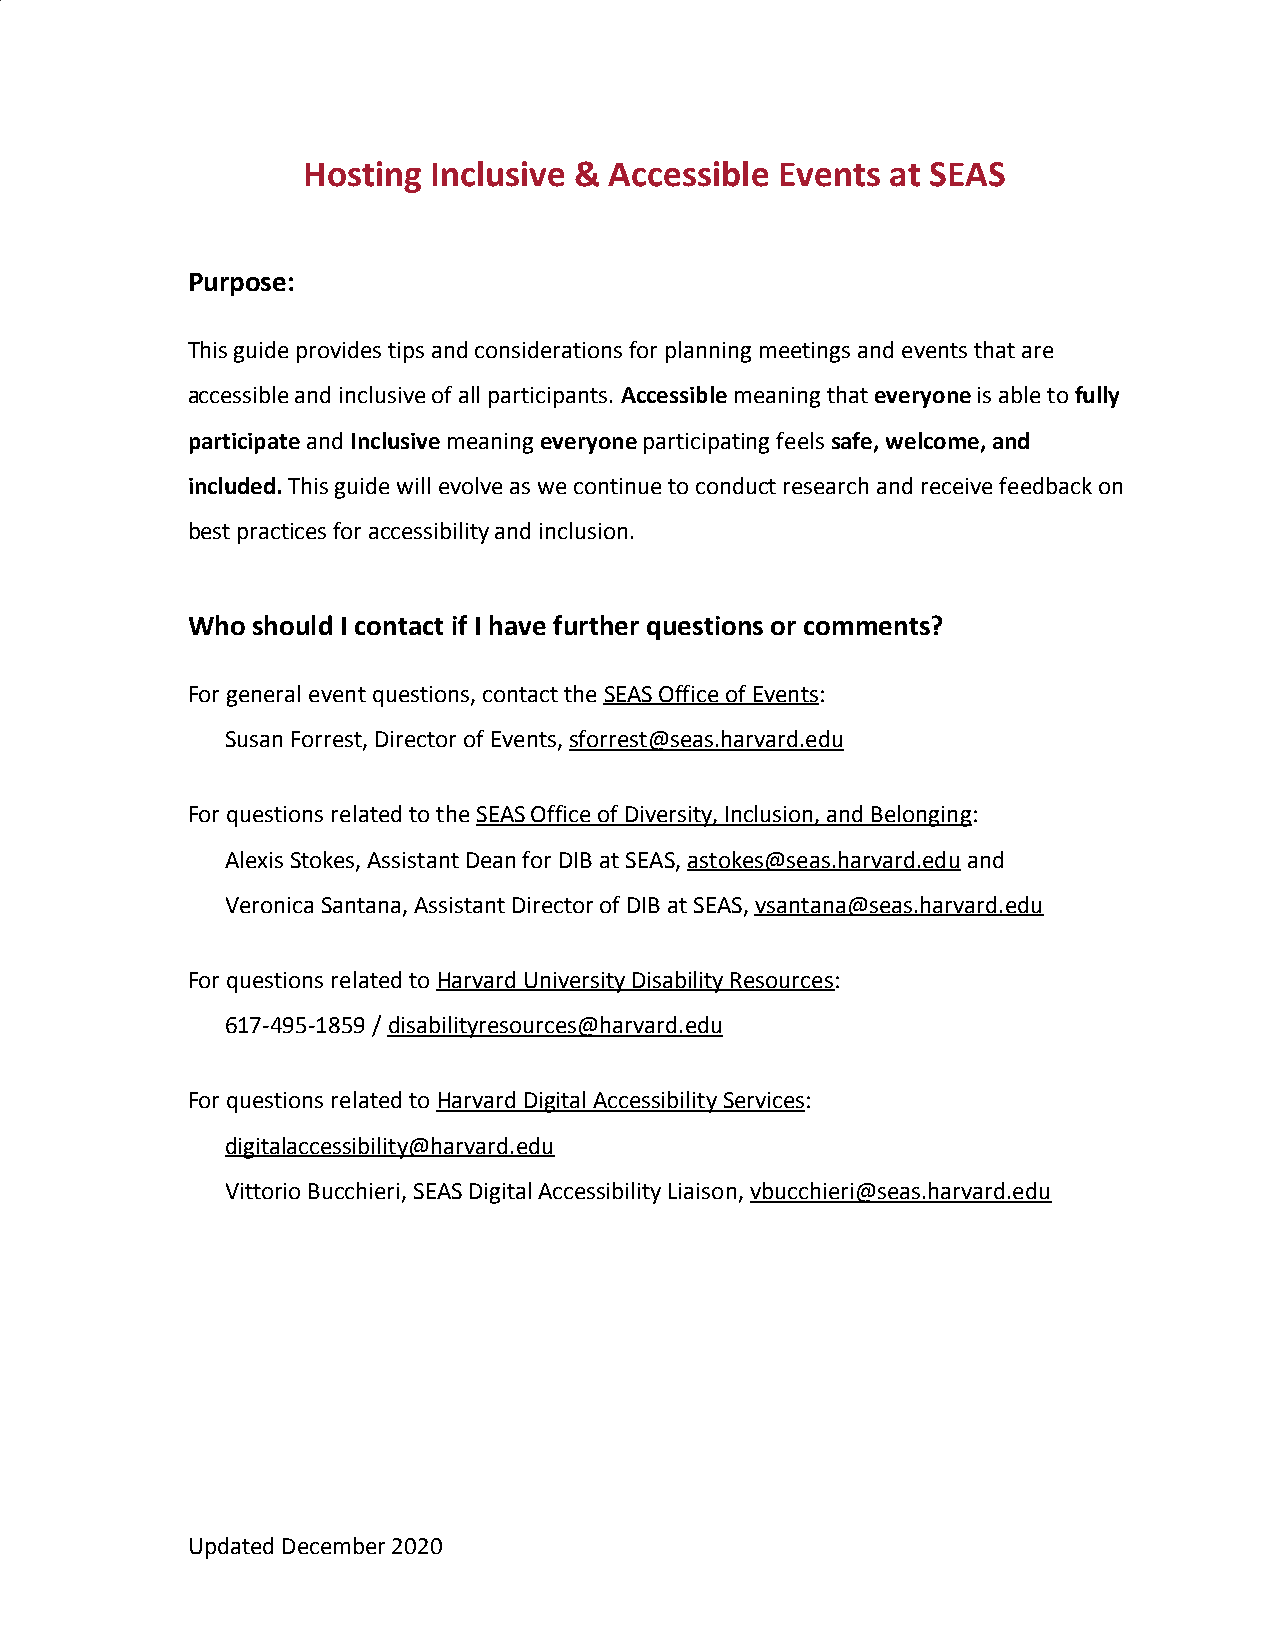
Hosting  Inclusive & Accessible Events at SEAS
 Purpose:
 This guide provides tips and considerations for planning meetings and events that are
 accessible and inclusive of all participants. Accessible meaning that everyone is able to fully
 ​      ​         ​     ​      ​
 participate and Inclusive meaning everyone participating feels safe, welcome, and
 ​  ​     ​      ​     ​            ​
 included. This guide will evolve as we continue to conduct research and receive feedback on
 ​
 best practices for accessibility and inclusion.
 Who  should I contact if I have further questions or comments?
 For general event questions, contact the SEAS Office of Events:
 ​             ​
 Susan Forrest, Director of Events, sforrest@seas.harvard.edu
 ​
 For questions related to the SEAS Office of Diversity, Inclusion, and Belonging:
 ​                               ​
 Alexis Stokes, Assistant Dean for DIB at SEAS, astokes@seas.harvard.edu and
 ​                 ​
 Veronica Santana, Assistant Director of DIB at SEAS, vsantana@seas.harvard.edu
 ​
 For questions related to Harvard University Disability Resources:
 ​                         ​
 617-495-1859 / disabilityresources@harvard.edu
 ​
 For questions related to Harvard Digital Accessibility Services:
 ​                       ​
 digitalaccessibility@harvard.edu
 Vittorio Bucchieri, SEAS Digital Accessibility Liaison, vbucchieri@seas.harvard.edu
 ​
 Updated December 2020